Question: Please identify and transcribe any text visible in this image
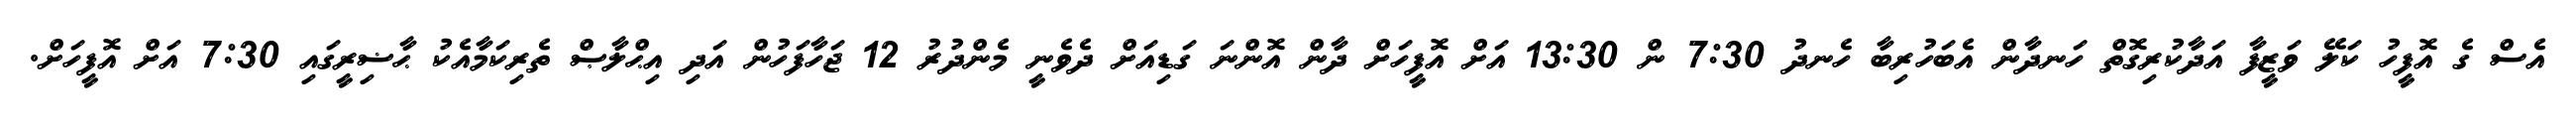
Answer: އެސް ގެ އޮފީހު ކަލޭ ވަޒީފާ އަދާކުރިގޮތް ހަނދާން އެބަހުރިބާ ހެނދު 7:30 ން 13:30 އަށް އޮފީހަށް ދާން އޮންނަ ގަޑިއަށް ދެވެނީ މެންދުރު 12 ޖަހާފަހުން އަދި އިޙްލާޞް ތެރިކަމާއެކު ޙާޟިރީގައި 7:30 އަށް އޮފީހަށް.